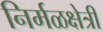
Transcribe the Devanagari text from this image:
निर्मळक्षेत्री